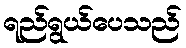
ရည်ရွယ်ပေသည်